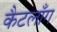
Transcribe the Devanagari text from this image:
कैटलाँग